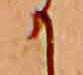
か